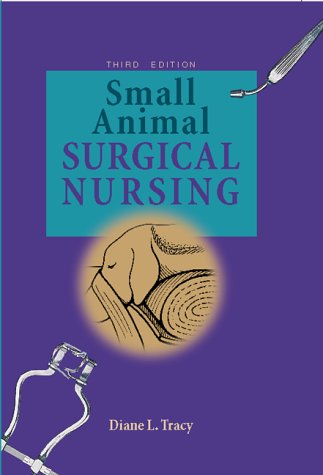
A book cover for Small Animal Surgical Nursing, 3e; Diane L. Tracy BA  EdM  DVM; Medical Books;